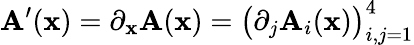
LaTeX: {\mathbf{A}}^{\prime}(\mathbf{x})=\partial_{\mathbf{x}}{\mathbf{A}}(\mathbf{x})=\bigl(\partial_{j}{\mathbf{A}}_{i}(\mathbf{x})\bigr)_{i,j=1}^{4}